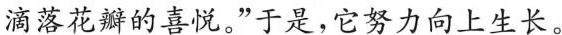
滴落花瓣的喜悦。”于是，它努力向上生长。